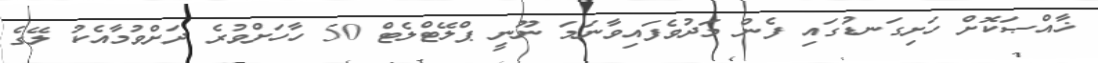
ޚާއްޞަކޮށް ހަށިގަނޑުގައި ފެން މަދުވެފައިވާނަމަ ނޫނީ ޕްލޭޓްލެޓް 50 ހާހަށްވުރެ ދަށްވުމާއެކު ލޭގެ